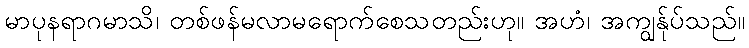
မာပုနရာဂမာသိ၊ တစ်ဖန်မလာမရောက်စေသတည်းဟု။ အဟံ၊ အကျွန်ုပ်သည်။